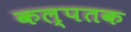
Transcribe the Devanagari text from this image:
कल्पतक